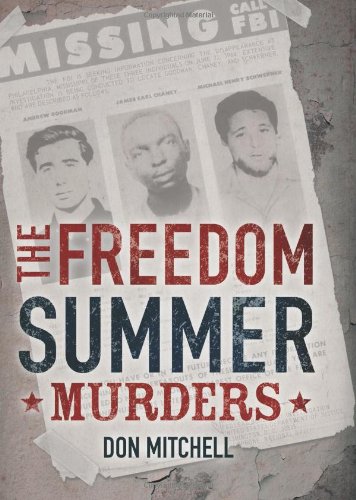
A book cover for The Freedom Summer Murders; Don Mitchell; Teen & Young Adult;